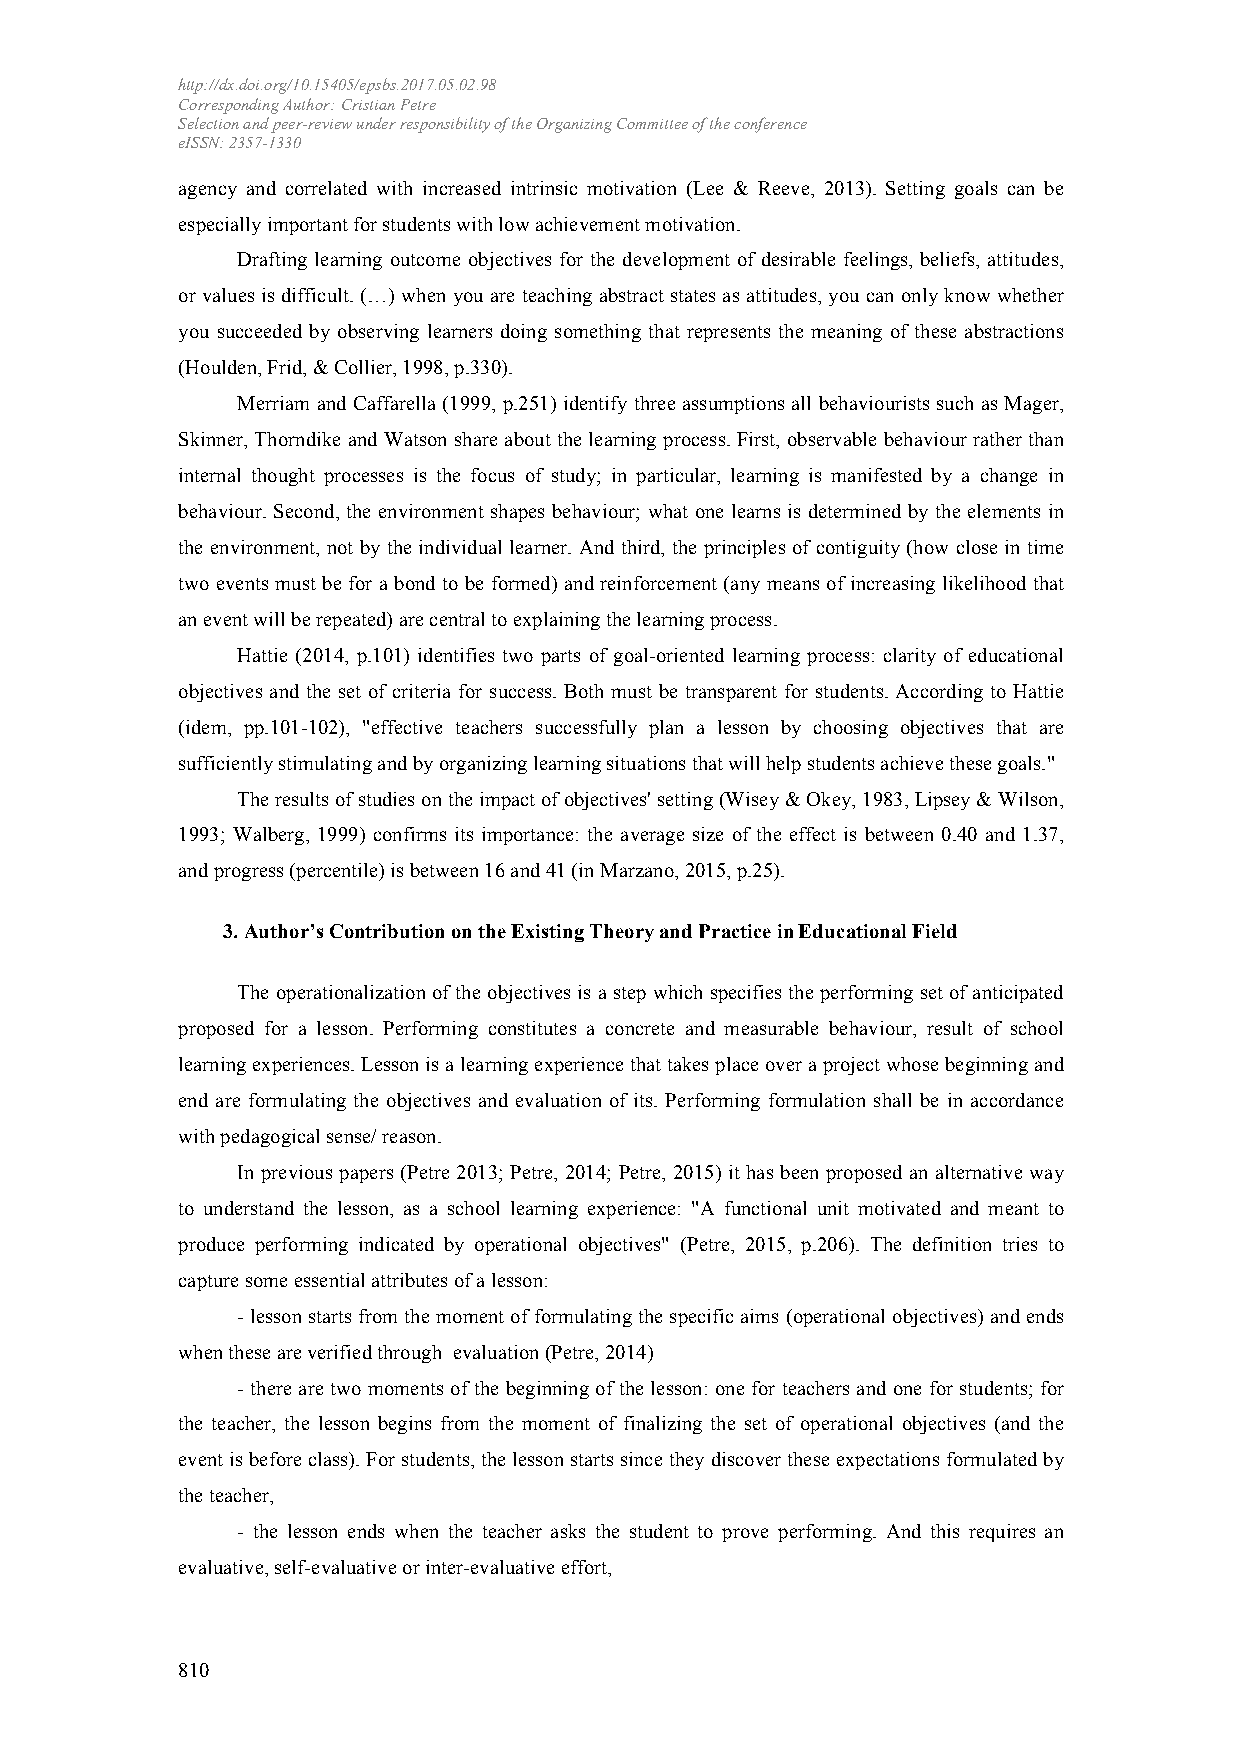
http://dx.doi.org/10.15405/epsbs.2017.05.02.98
 Corresponding Author: Cristian Petre
 Selection and peer-review under responsibility of the Organizing Committee of the conference
 eISSN: 2357-1330
 agency and correlated with increased intrinsic motivation (Lee & Reeve, 2013). Setting goals can be
 especially important for students with low achievement motivation.
 Drafting learning outcome objectives for the development of desirable feelings, beliefs, attitudes,
 or values is difficult. (…) when you are teaching abstract states as attitudes, you can only know whether
 you succeeded by observing learners doing something that represents the meaning of these abstractions
 (Houlden, Frid, & Collier, 1998, p.330).
 Merriam and Caffarella (1999, p.251) identify three assumptions all behaviourists such as Mager,
 Skinner, Thorndike and Watson share about the learning process. First, observable behaviour rather than
 internal thought processes is the focus of study; in particular, learning is manifested by a change in
 behaviour. Second, the environment shapes behaviour; what one learns is determined by the elements in
 the environment, not by the individual learner. And third, the principles of contiguity (how close in time
 two events must be for a bond to be formed) and reinforcement (any means of increasing likelihood that
 an event will be repeated) are central to explaining the learning process.
 Hattie (2014, p.101) identifies two parts of goal-oriented learning process: clarity of educational
 objectives and the set of criteria for success. Both must be transparent for students. According to Hattie
 (idem, pp.101-102), "effective teachers successfully plan a lesson by choosing objectives that are
 sufficiently stimulating and by organizing learning situations that will help students achieve these goals."
 The results of studies on the impact of objectives' setting (Wisey & Okey, 1983, Lipsey & Wilson,
 1993; Walberg, 1999) confirms its importance: the average size of the effect is between 0.40 and 1.37,
 and progress (percentile) is between 16 and 41 (in Marzano, 2015, p.25).
 3. Author’s Contribution on the Existing Theory and Practice in Educational Field
 The operationalization of the objectives is a step which specifies the performing set of anticipated
 proposed for a lesson. Performing constitutes a concrete and measurable behaviour, result of school
 learning experiences. Lesson is a learning experience that takes place over a project whose beginning and
 end are formulating the objectives and evaluation of its. Performing formulation shall be in accordance
 with pedagogical sense/ reason.
 In previous papers (Petre 2013; Petre, 2014; Petre, 2015) it has been proposed an alternative way
 to understand the lesson, as a school learning experience: "A functional unit motivated and meant to
 produce performing indicated by operational objectives" (Petre, 2015, p.206). The definition tries to
 capture some essential attributes of a lesson:
 - lesson starts from the moment of formulating the specific aims (operational objectives) and ends
 when these are verified through evaluation (Petre, 2014)
 - there are two moments of the beginning of the lesson: one for teachers and one for students; for
 the teacher, the lesson begins from the moment of finalizing the set of operational objectives (and the
 event is before class). For students, the lesson starts since they discover these expectations formulated by
 the teacher,
 - the lesson ends when the teacher asks the student to prove performing. And this requires an
 evaluative, self-evaluative or inter-evaluative effort,
 810